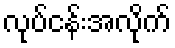
လုပ်ငန်းအလိုက်